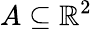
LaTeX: A\subseteq\mathbb{R}^{2}